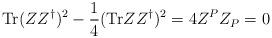
LaTeX: \begin{align*}\mbox{Tr}(ZZ^\dagger)^2 -{1\over 4}(\mbox{Tr}ZZ^\dagger)^2=4Z^PZ_P=0\end{align*}